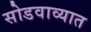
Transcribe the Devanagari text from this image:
सोडवाव्यात